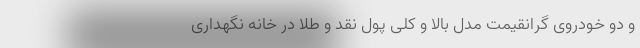
و دو خودروی گرانقیمت مدل بالا و کلی پول نقد و طلا در خانه نگهداری